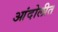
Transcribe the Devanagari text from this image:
आंदोलीत